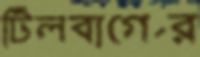
টিলবার্গের